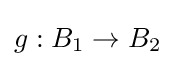
g:B_{1}\to B_{2}